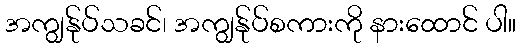
အကျွန်ုပ်သခင်၊ အကျွန်ုပ်စကားကို နားထောင် ပါ။